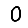
Digit: 0